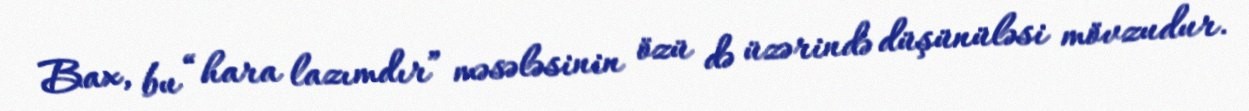
Bax, bu “hara lazımdır” məsələsinin özü də üzərində düşünüləsi mövzudur.